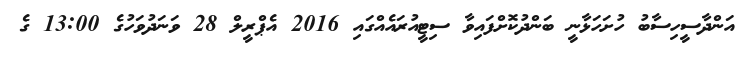
އަންދާސީހިސާބު ހުށަހަޅާނީ ބަންދުކޮށްފައިވާ ސިޓީއުރައެއްގައި 2016 އެޕްރީލް 28 ވަނަދުވަހުގެ 13:00 ގެ